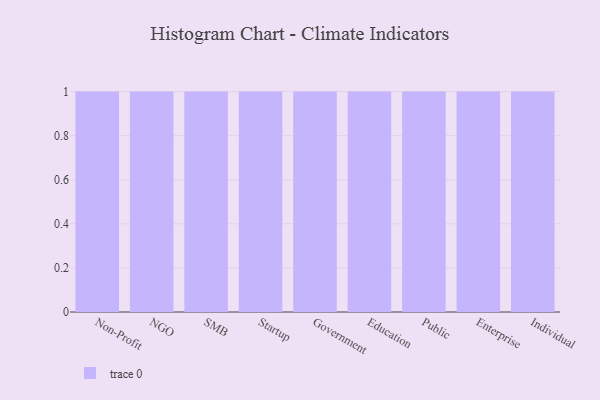
{"axis": {"x": "Segment", "y": "Shipments"}, "legend": [""], "data": [{"x": "Non-Profit", "y": 83, "type": ""}, {"x": "NGO", "y": 37, "type": ""}, {"x": "SMB", "y": 65, "type": ""}, {"x": "Startup", "y": 37, "type": ""}, {"x": "Government", "y": 25, "type": ""}, {"x": "Education", "y": 8, "type": ""}, {"x": "Public", "y": 89, "type": ""}, {"x": "Enterprise", "y": 99, "type": ""}, {"x": "Individual", "y": 53, "type": ""}]}